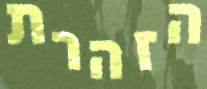
הזהרת